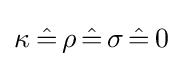
\kappa _{}\,{\hat {=}}\,\rho \,{\hat {=}}\,\sigma \,{\hat {=}}\,0